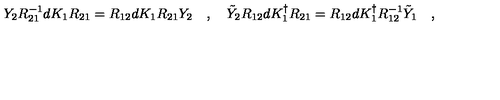
Y _ { 2 } R _ { 2 1 } ^ { - 1 } d K _ { 1 } R _ { 2 1 } = R _ { 1 2 } d K _ { 1 } R _ { 2 1 } Y _ { 2 } \quad , \quad \tilde { Y } _ { 2 } R _ { 1 2 } d K _ { 1 } ^ { \dagger } R _ { 2 1 } = R _ { 1 2 } d K _ { 1 } ^ { \dagger } R _ { 1 2 } ^ { - 1 } \tilde { Y } _ { 1 } \quad ,